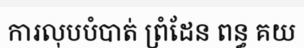
ការលុបបំបាត់ ព្រំដែន ពន្ធ គយ